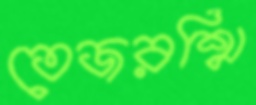
তেজরশ্মি